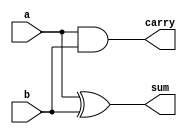
`timescale 1ps/100fs

module half_adder(
    input a,
    input b,
    output  sum,
    output  carry
  
);

assign #70  sum = a ^ b;
assign #40  carry = a & b;

endmodule // half_adder